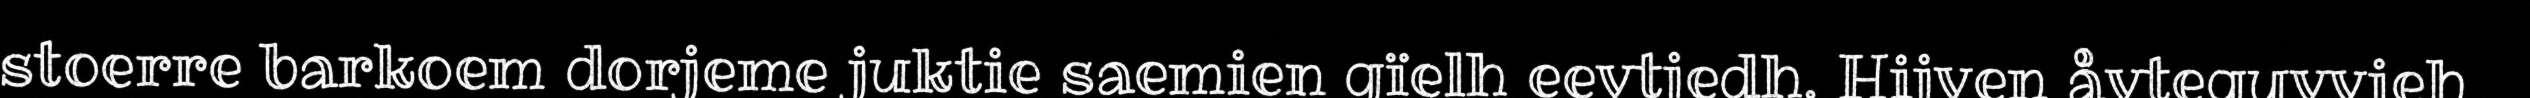
stoerre barkoem dorjeme juktie saemien gïelh eevtjedh. Hijven åvteguvvieh